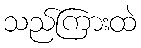
သည်ကြားထဲ